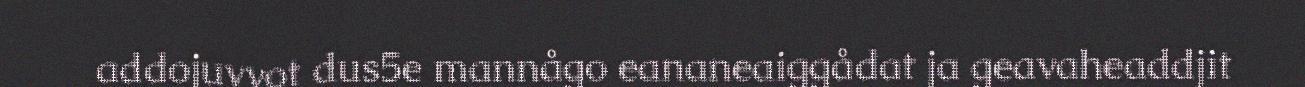
addojuvvot dus5e mannågo eananeaiggådat ja geavaheaddjit